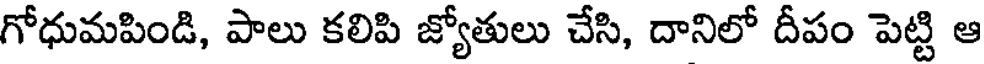
గోధుమపిండి, పాలు కలిపి జ్యోతులు చేసి, దానిలో దీపం పెట్టి ఆ